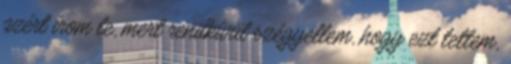
azért írom le, mert rendkívül szégyellem, hogy ezt tettem,